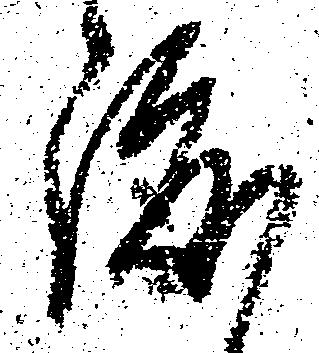
渡